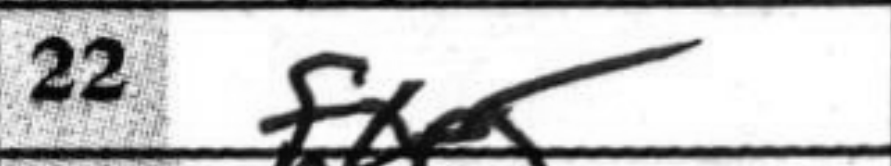
Transcription: fxe5